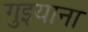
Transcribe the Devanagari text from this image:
गुइयाना